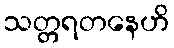
သတ္တရတနေဟိ